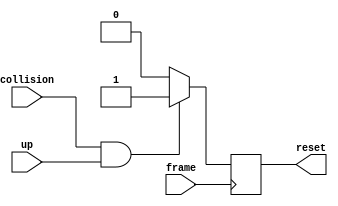
`timescale 1ns / 1ps
//////////////////////////////////////////////////////////////////////////////////
// Company: 
// Engineer: 
// 
// Design Name: 
// Module Name: reset_controller
// Project Name: 
// Target Devices: 
// Tool Versions: 
// Description: 
// 
// Dependencies: 
// 
// Revision:
// Revision 0.01 - File Created
// Additional Comments:
// 
//////////////////////////////////////////////////////////////////////////////////


module reset_controller(
    up, frame, collision,
    reset
    );
    input collision, up, frame;
    output reg reset;

    initial begin
        reset = 0;
    end

    always @ (posedge frame) begin
        if (collision && up) begin 
            reset = 1;
        end else begin
            reset = 0;
        end
    end

endmodule